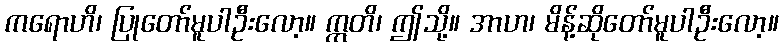
ကရောဟိ၊ ပြုတော်မူပါဦးလော့။ ဣတိ၊ ဤသို့။ အာဟ၊ မိန့်ဆိုတော်မူပါဦးလော့။